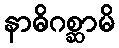
နာဓိဂစ္ဆာမိ